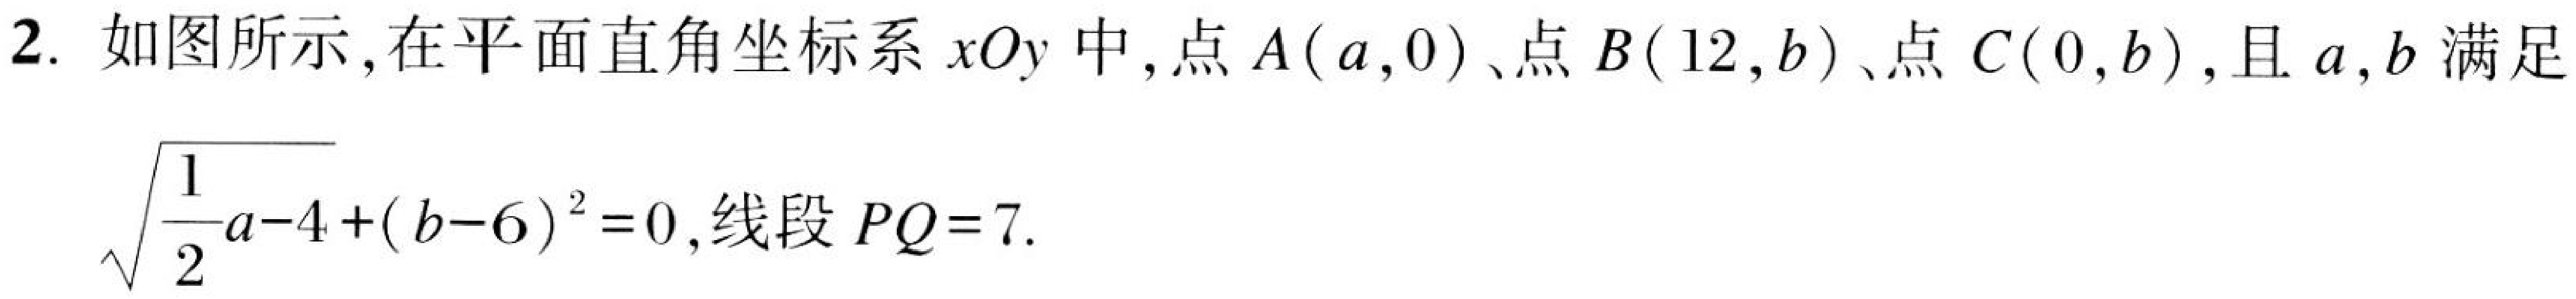
2. 如图所示，在平面直角坐标系$xOy$中，点$A(a,0)$、点$B(12,b)$、点$C(0,b)$，且$a,b$满足
$\sqrt{\dfrac{1}{2}a - 4}+(b - 6)^{2}=0$，线段$PQ = 7$.